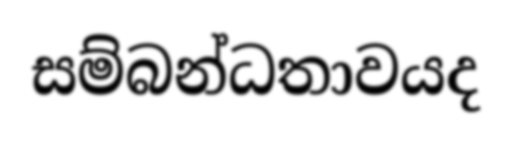
සම්බන්ධතාවයද